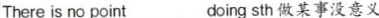
There is no point___doing sth 做某事没意义